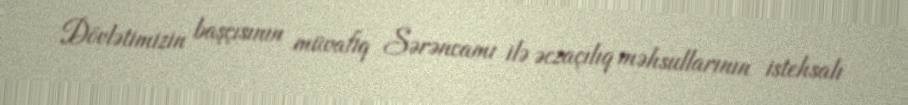
Dövlətimizin başçısının müvafiq Sərəncamı ilə əczaçılıq məhsullarının istehsalı